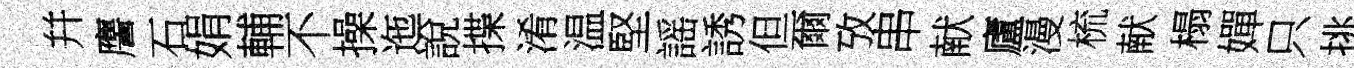
幷譍石娟輔不操迤說揲淆温堅謡誘但爾攷串献廬漫梳献榻嬋只挑